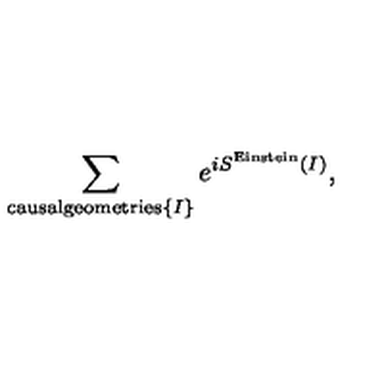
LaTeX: \sum _ { \mathrm { c a u s a l g e o m e t r i e s } \{ I \} } e ^ { i S ^ { \mathrm { E i n s t e i n } } ( I ) } ,